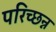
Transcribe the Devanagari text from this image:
परिच्छन्न